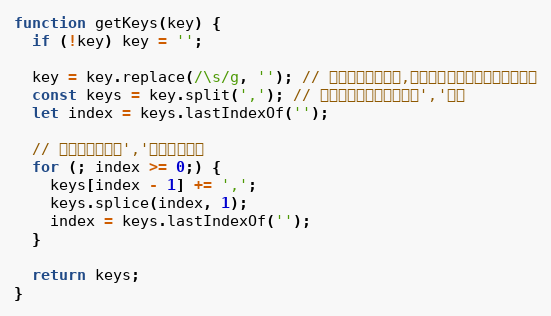
Language: JavaScript
function getKeys(key) {
  if (!key) key = '';

  key = key.replace(/\s/g, ''); // 匹配任何空白字符,包括空格、制表符、换页符等等
  const keys = key.split(','); // 同时设置多个快捷键，以','分割
  let index = keys.lastIndexOf('');

  // 快捷键可能包含','，需特殊处理
  for (; index >= 0;) {
    keys[index - 1] += ',';
    keys.splice(index, 1);
    index = keys.lastIndexOf('');
  }

  return keys;
}